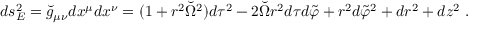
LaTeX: d s _ { E } ^ { 2 } = \breve { g } _ { \mu \nu } d x ^ { \mu } d x ^ { \nu } = ( 1 + r ^ { 2 } \breve { \Omega } ^ { 2 } ) d \tau ^ { 2 } - 2 \breve { \Omega } r ^ { 2 } d \tau d \tilde { \varphi } + r ^ { 2 } d \tilde { \varphi } ^ { 2 } + d r ^ { 2 } + d z ^ { 2 } ~ .